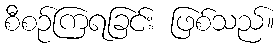
စီစဉ်ကြရခြင်း ဖြစ်သည်။